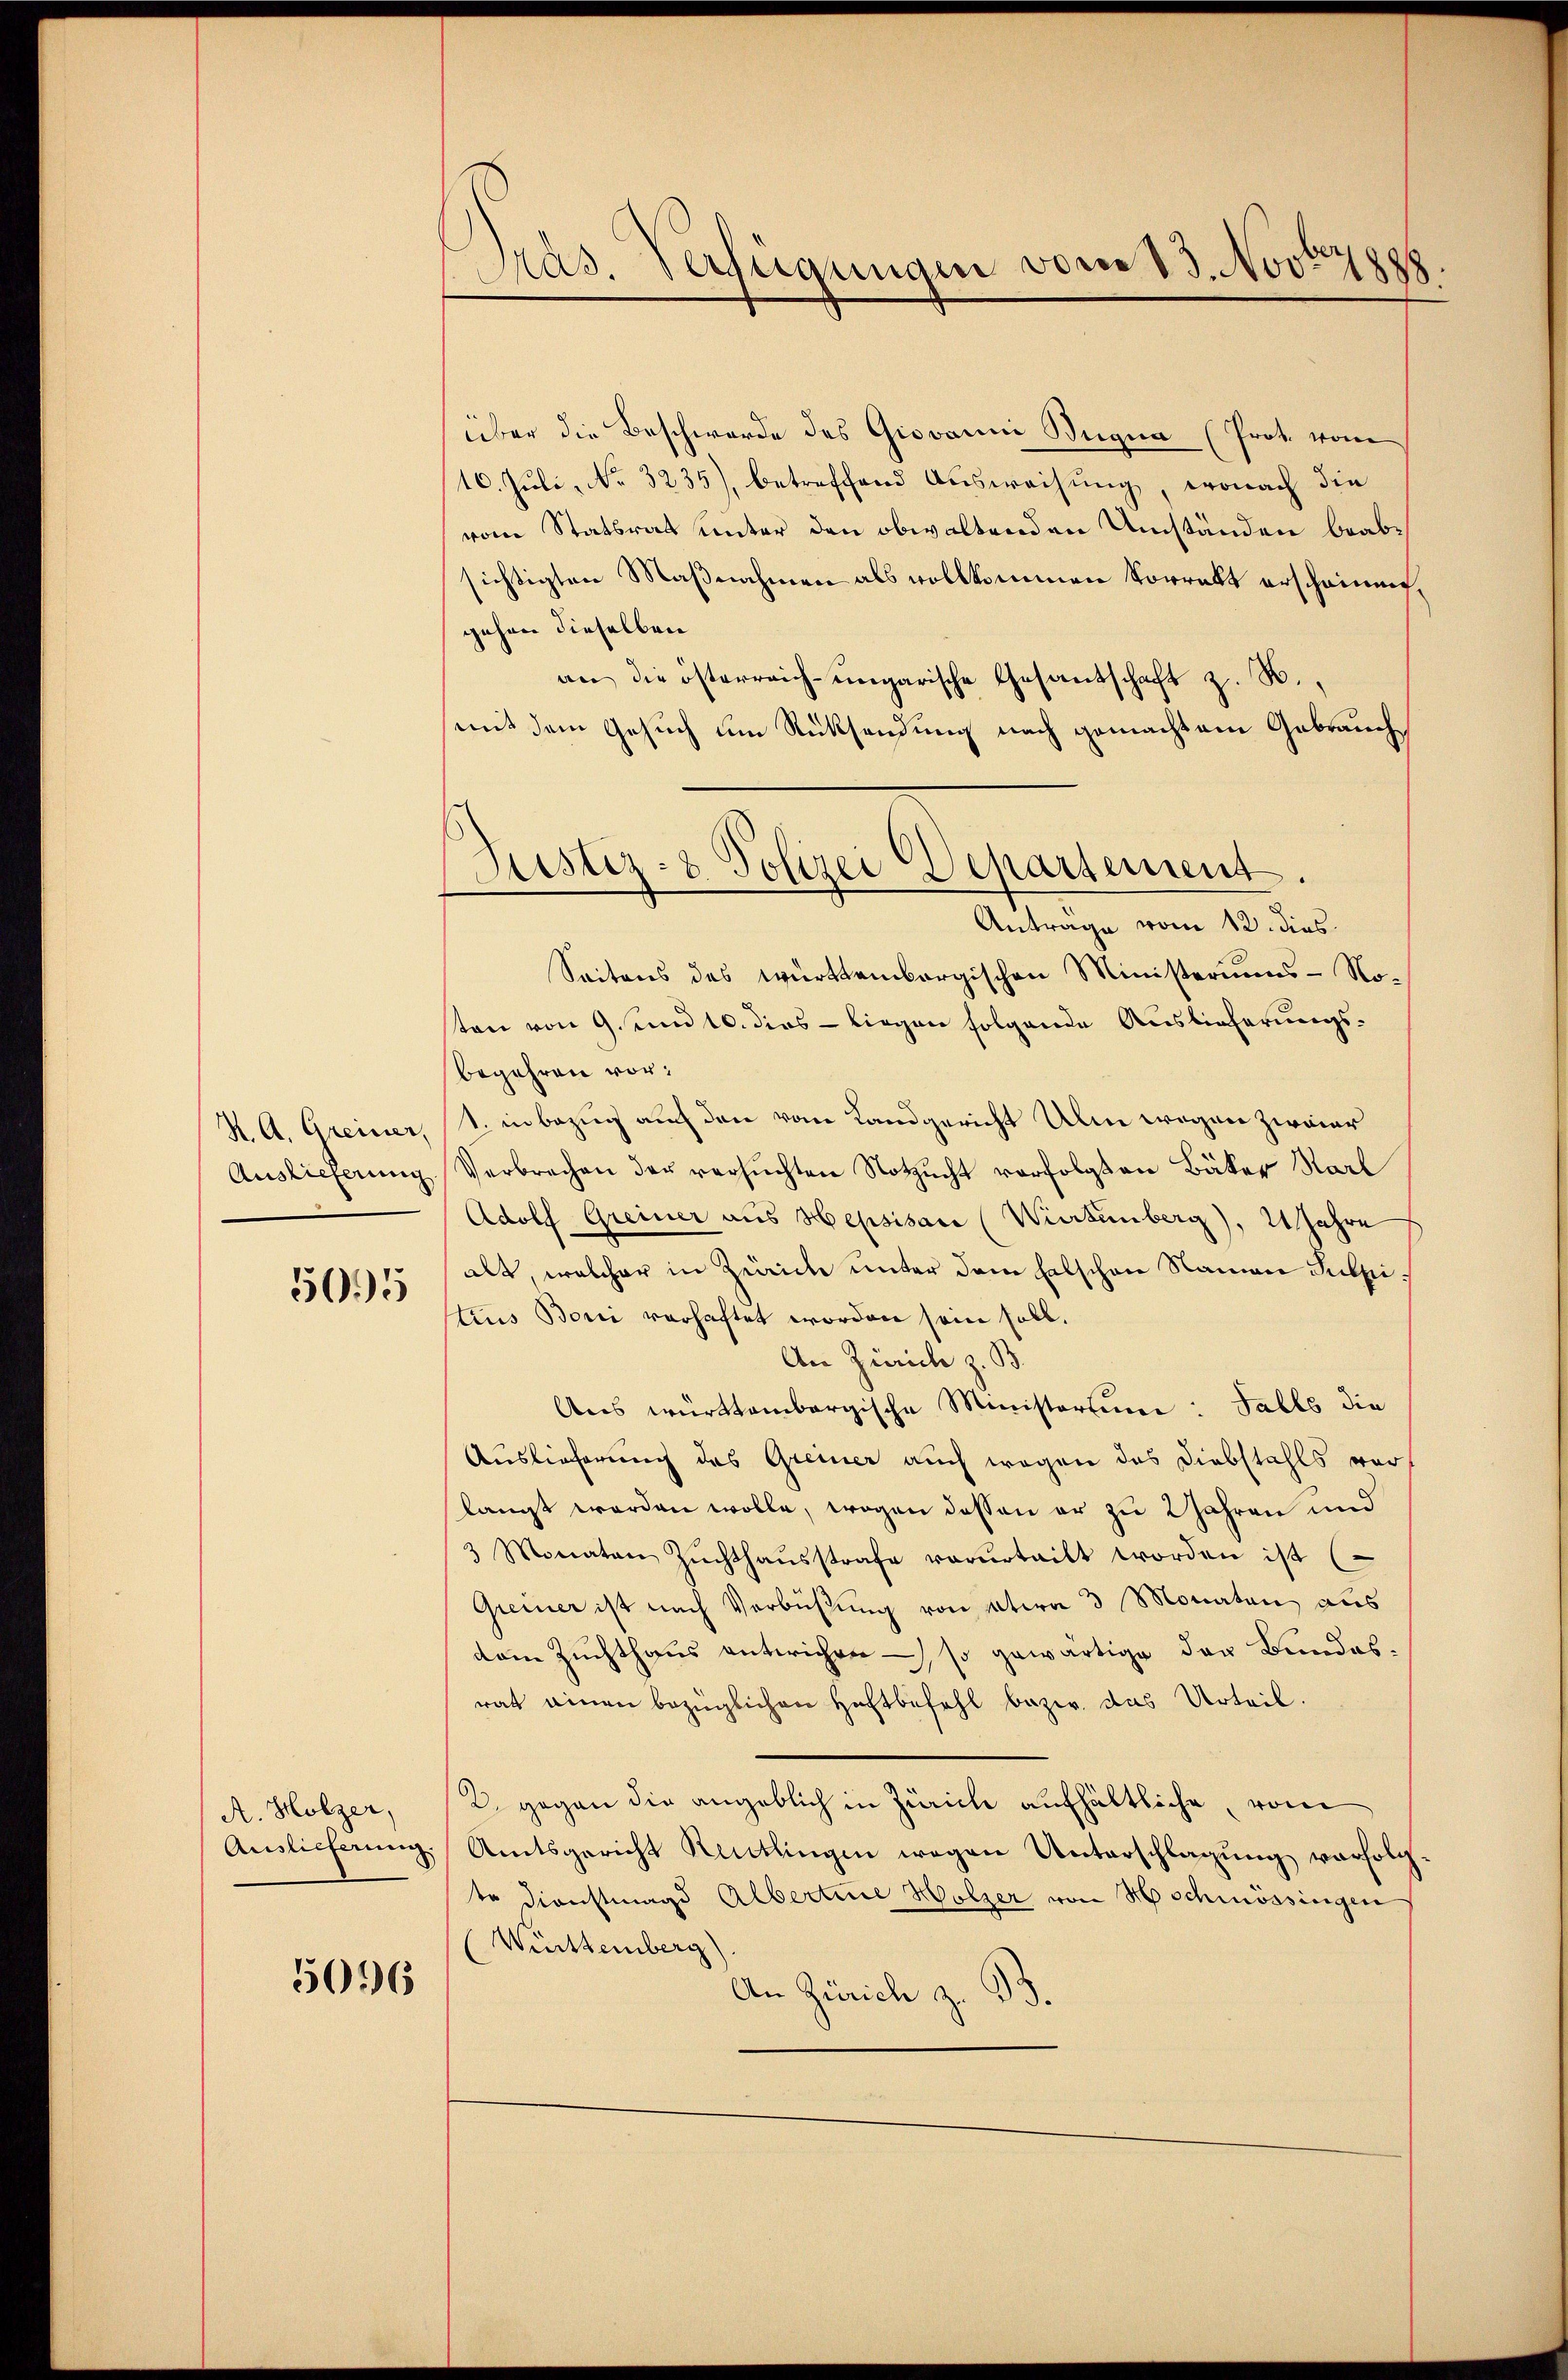
H. A. Greiner,

5095

A. Holzer,
Auslieferung.

5096

Präs. Verfügungen vom 13. Nov. 1888.

Justiz- & Polizei Departement.
Antrage vom 12. dies

über die Beschwerde des Giovanni Bügna (Prot. vom
16. Juli, No. 3235), betreffend Ausweisung, wonach die
vom Statsrat unter den obwaltenden Umständen beabsichtigten Maßnahmen als vollkommen Vorrekt erscheinung,
gehen dieselben
an die österreich-ungarische Gesantschaft z. B.,
mit dem Gesuch um Rücksendung nach gemachtem Gebrauch
Seitens des württembergischen Ministeriums- No-
ten von 9 und 10. dies - liegen folgende Auslieferungsbegehren vor:
1. in Bezug auch den vom Landgericht Ulm wegen zweier
Auslieferung Verbrechen der versuchten Notzucht verfolgten Bäker Karl
Adolf Greiner aus Hepsisac (Wirtenberg), 21 Jahre
alt, welcher in Zeich unter dem Entschen Namen Subsi
tius Boni vorhaftet worden sein soll.
An Zürich z. B.
Aus württembergische Ministerium: Falls die
Auslieferung des Greiner auch wegen des Diebstahls vor
langt werden wolle, wogen dessen er zu 2 Jahren und
3 Monaten Zŭchthaŭsstrafe verurteilt worden ist (
Greiner ist nach Verbüßung von etwa 3 Monaten aus
dem Zuchthaus entwichen – so gewärtige der Bundesrat einen bezüglichen Haftbefehl bezw. das Urteil.
2. gegen die angeblich in Zürich aufhältliche, vom
Amtsgericht Reutlingen wegen Unterschlagung verfolg.
te Dienstmagd Albertinie Holzer von Mschmössingen
(Württemberg)
An Zürich z. B.